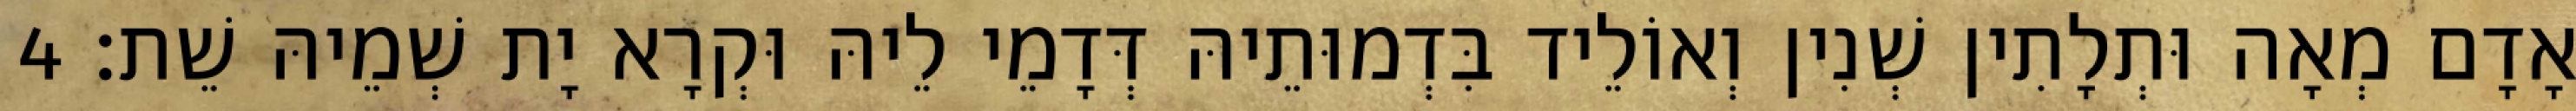
אָדָם מְאָה וּתְלָתִין שְׁנִין וְאוֹלֵיד בִּדְמוּתֵיהּ דְּדָמֵי לֵיהּ וּקְרָא יָת שְׁמֵיהּ שֵׁת׃ 4